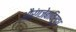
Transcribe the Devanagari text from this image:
औरंगजेबाविरूद्ध